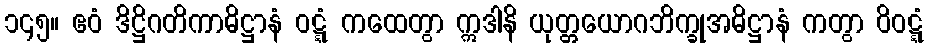
၁၄၅။ ဧဝံ ဒိဋ္ဌိဂတိကာဓိဋ္ဌာနံ ဝဋ္ဋံ ကထေတွာ ဣဒါနိ ယုတ္တယောဂဘိက္ခုအဓိဋ္ဌာနံ ကတွာ ဝိဝဋ္ဋံ